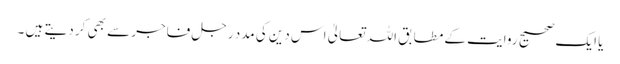
یا ایک صحیح روایت کے مطابق اللہ تعالیٰ اس دین کی مدد رجلِ فاجر سے بھی کر دیتے ہیں ۔